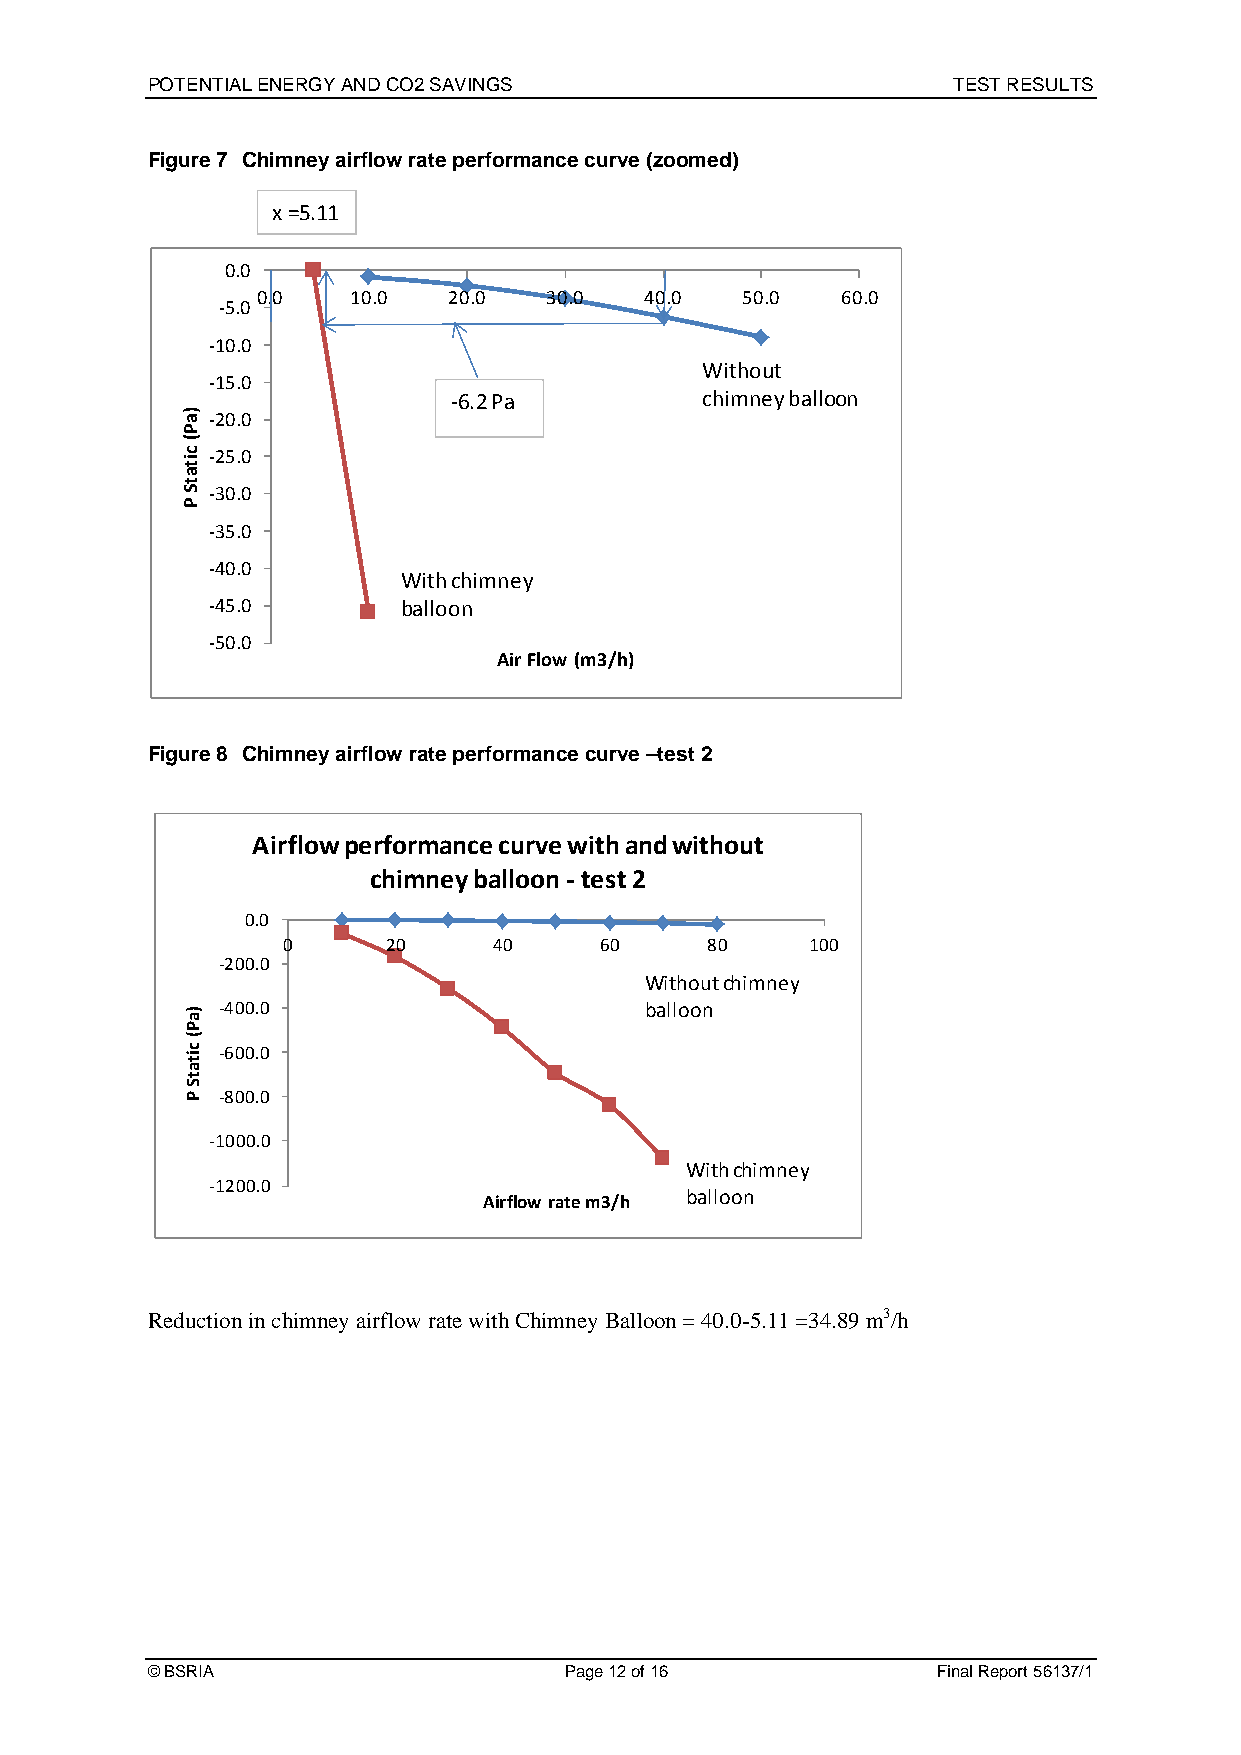
POTENTIAL ENERGY AND CO2 SAVINGS                     TEST RESULTS
 Figure 7 Chimney airflow rate performance curve (zoomed)
 x =5.11
 0.0
 0.0   10.0   20.0  30.0   40.0  50.0   60.0
 ‐5.0
 ‐10.0
 Without
 ‐15.0
 ‐6.2 Pa         chimney balloon
 ‐20.0
 ‐25.0
 ‐30.0
 ‐35.0
 ‐40.0
 With chimney
 ‐45.0       balloon
 ‐50.0
 Air Flow (m3/h)
 Figure 8 Chimney airflow rate performance curve –test 2
 Airflow performance curve with and without
 chimney balloon ‐test 2
 0.0
 0      20     40     60     80     100
 ‐200.0
 Without chimney
 ‐400.0                       balloon
 ‐600.0
 ‐800.0
 ‐1000.0
 With chimney
 ‐1200.0
 balloon
 Airflow rate m3/h
 Reduction in chimney airflow rate with Chimney Balloon = 40.0-5.11 =34.89 m3/h
 © BSRIA                    Page 12 of 16            Final Report 56137/1
 )aP(
 citatS
 P
 )aP(
 citatS
 P